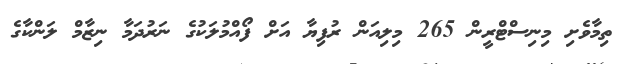
ތިމާވެށި މިނިސްޓްރީން 265 މިލިއަން ރުފިޔާ އަށް ފޯއްމުލަކުގެ ނަރުދަމާ ނިޒާމް ލަންކާގެ